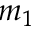
m _ { 1 }